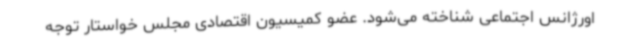
اورژانس اجتماعی شناخته می‌شود. عضو کمیسیون اقتصادی مجلس خواستار توجه